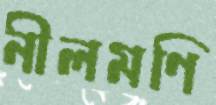
নীলমণি